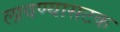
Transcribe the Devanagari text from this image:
लावण्यासटक